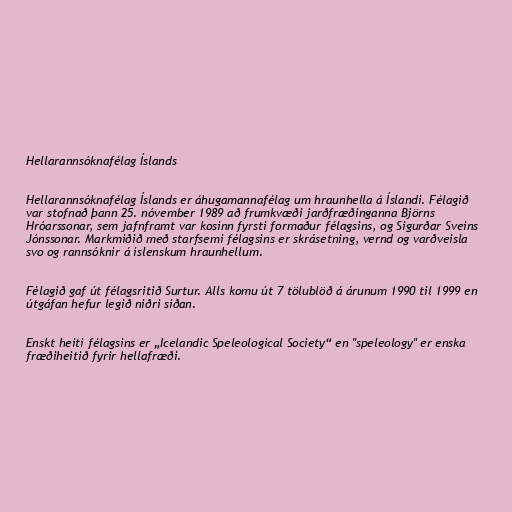
Hellarannsóknafélag Íslands

Hellarannsóknafélag Íslands er áhugamannafélag um hraunhella á Íslandi. Félagið
var stofnað þann 25. nóvember 1989 að frumkvæði jarðfræðinganna Björns
Hróarssonar, sem jafnframt var kosinn fyrsti formaður félagsins, og Sigurðar Sveins
Jónssonar. Markmiðið með starfsemi félagsins er skrásetning, vernd og varðveisla
svo og rannsóknir á íslenskum hraunhellum.

Félagið gaf út félagsritið Surtur. Alls komu út 7 tölublöð á árunum 1990 til 1999 en
útgáfan hefur legið niðri síðan.

Enskt heiti félagsins er „Icelandic Speleological Society“ en "speleology" er enska
fræðiheitið fyrir hellafræði.